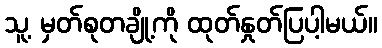
သူ့ မှတ်စုတချို့ကို ထုတ်နှုတ်ပြပါ့မယ်။